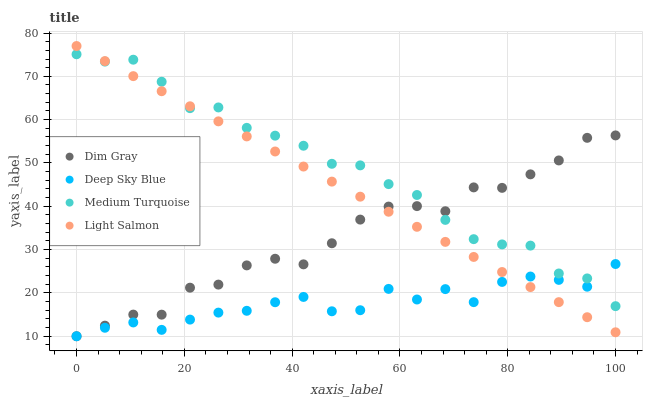
| xaxis_label | Dim Gray | Deep Sky Blue | Medium Turquoise | Light Salmon |
 | --- | --- | --- | --- | --- |
 | 0 | 10 | 10 | 75.1 | 77 |
 | 5.26 | 12.4 | 12 | 73.4 | 73.5 |
 | 10.5 | 15 | 13.2 | 73.8 | 70 |
 | 15.8 | 15 | 11.5 | 68.8 | 66.6 |
 | 21.1 | 21.2 | 13.8 | 62.7 | 63.1 |
 | 26.3 | 21.9 | 15.5 | 62.8 | 59.6 |
 | 31.6 | 26.4 | 15.9 | 58.1 | 56.1 |
 | 36.8 | 27.9 | 17.9 | 56.3 | 52.7 |
 | 42.1 | 26.6 | 19.1 | 54 | 49.2 |
 | 47.4 | 31.5 | 15.8 | 49.8 | 45.7 |
 | 52.6 | 36.9 | 16 | 49.4 | 42.2 |
 | 57.9 | 39.9 | 20.9 | 45.1 | 38.7 |
 | 63.2 | 40 | 18.5 | 42.6 | 35.3 |
 | 68.4 | 38.9 | 20.9 | 36.9 | 31.8 |
 | 73.7 | 44.4 | 17.9 | 32.4 | 28.3 |
 | 78.9 | 44.3 | 22.5 | 31.2 | 24.8 |
 | 84.2 | 47.4 | 23.8 | 30.9 | 21.4 |
 | 89.5 | 50.6 | 23 | 24.5 | 17.9 |
 | 94.7 | 55.8 | 21.4 | 23.3 | 14.4 |
 | 100 | 56.4 | 26.7 | 16.9 | 10.9 |